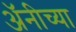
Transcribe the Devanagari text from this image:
अॅनीच्या